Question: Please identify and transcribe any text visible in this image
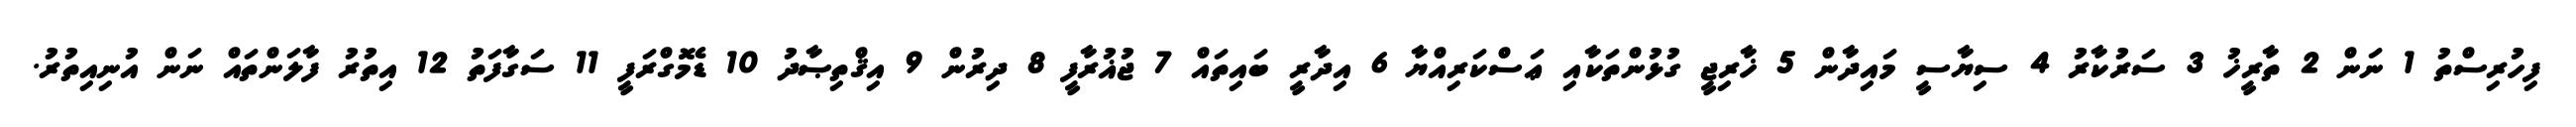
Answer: ފިހުރިސްތު 1 ނަން 2 ތާރީޚު 3 ސަރުކާރު 4 ސިޔާސީ މައިދާން 5 ޚާރިޖީ ގުޅުންތަކާއި ޢަސްކަރިއްޔާ 6 އިދާރީ ބައިތައް 7 ޖުޣުރާފީ 8 ދިރުން 9 އިޤްތިޞާދު 10 ޑެމޮގްރަފީ 11 ސަގާފަތު 12 އިތުރު ފާލަންތައް ނަން އުނިއިތުރު.